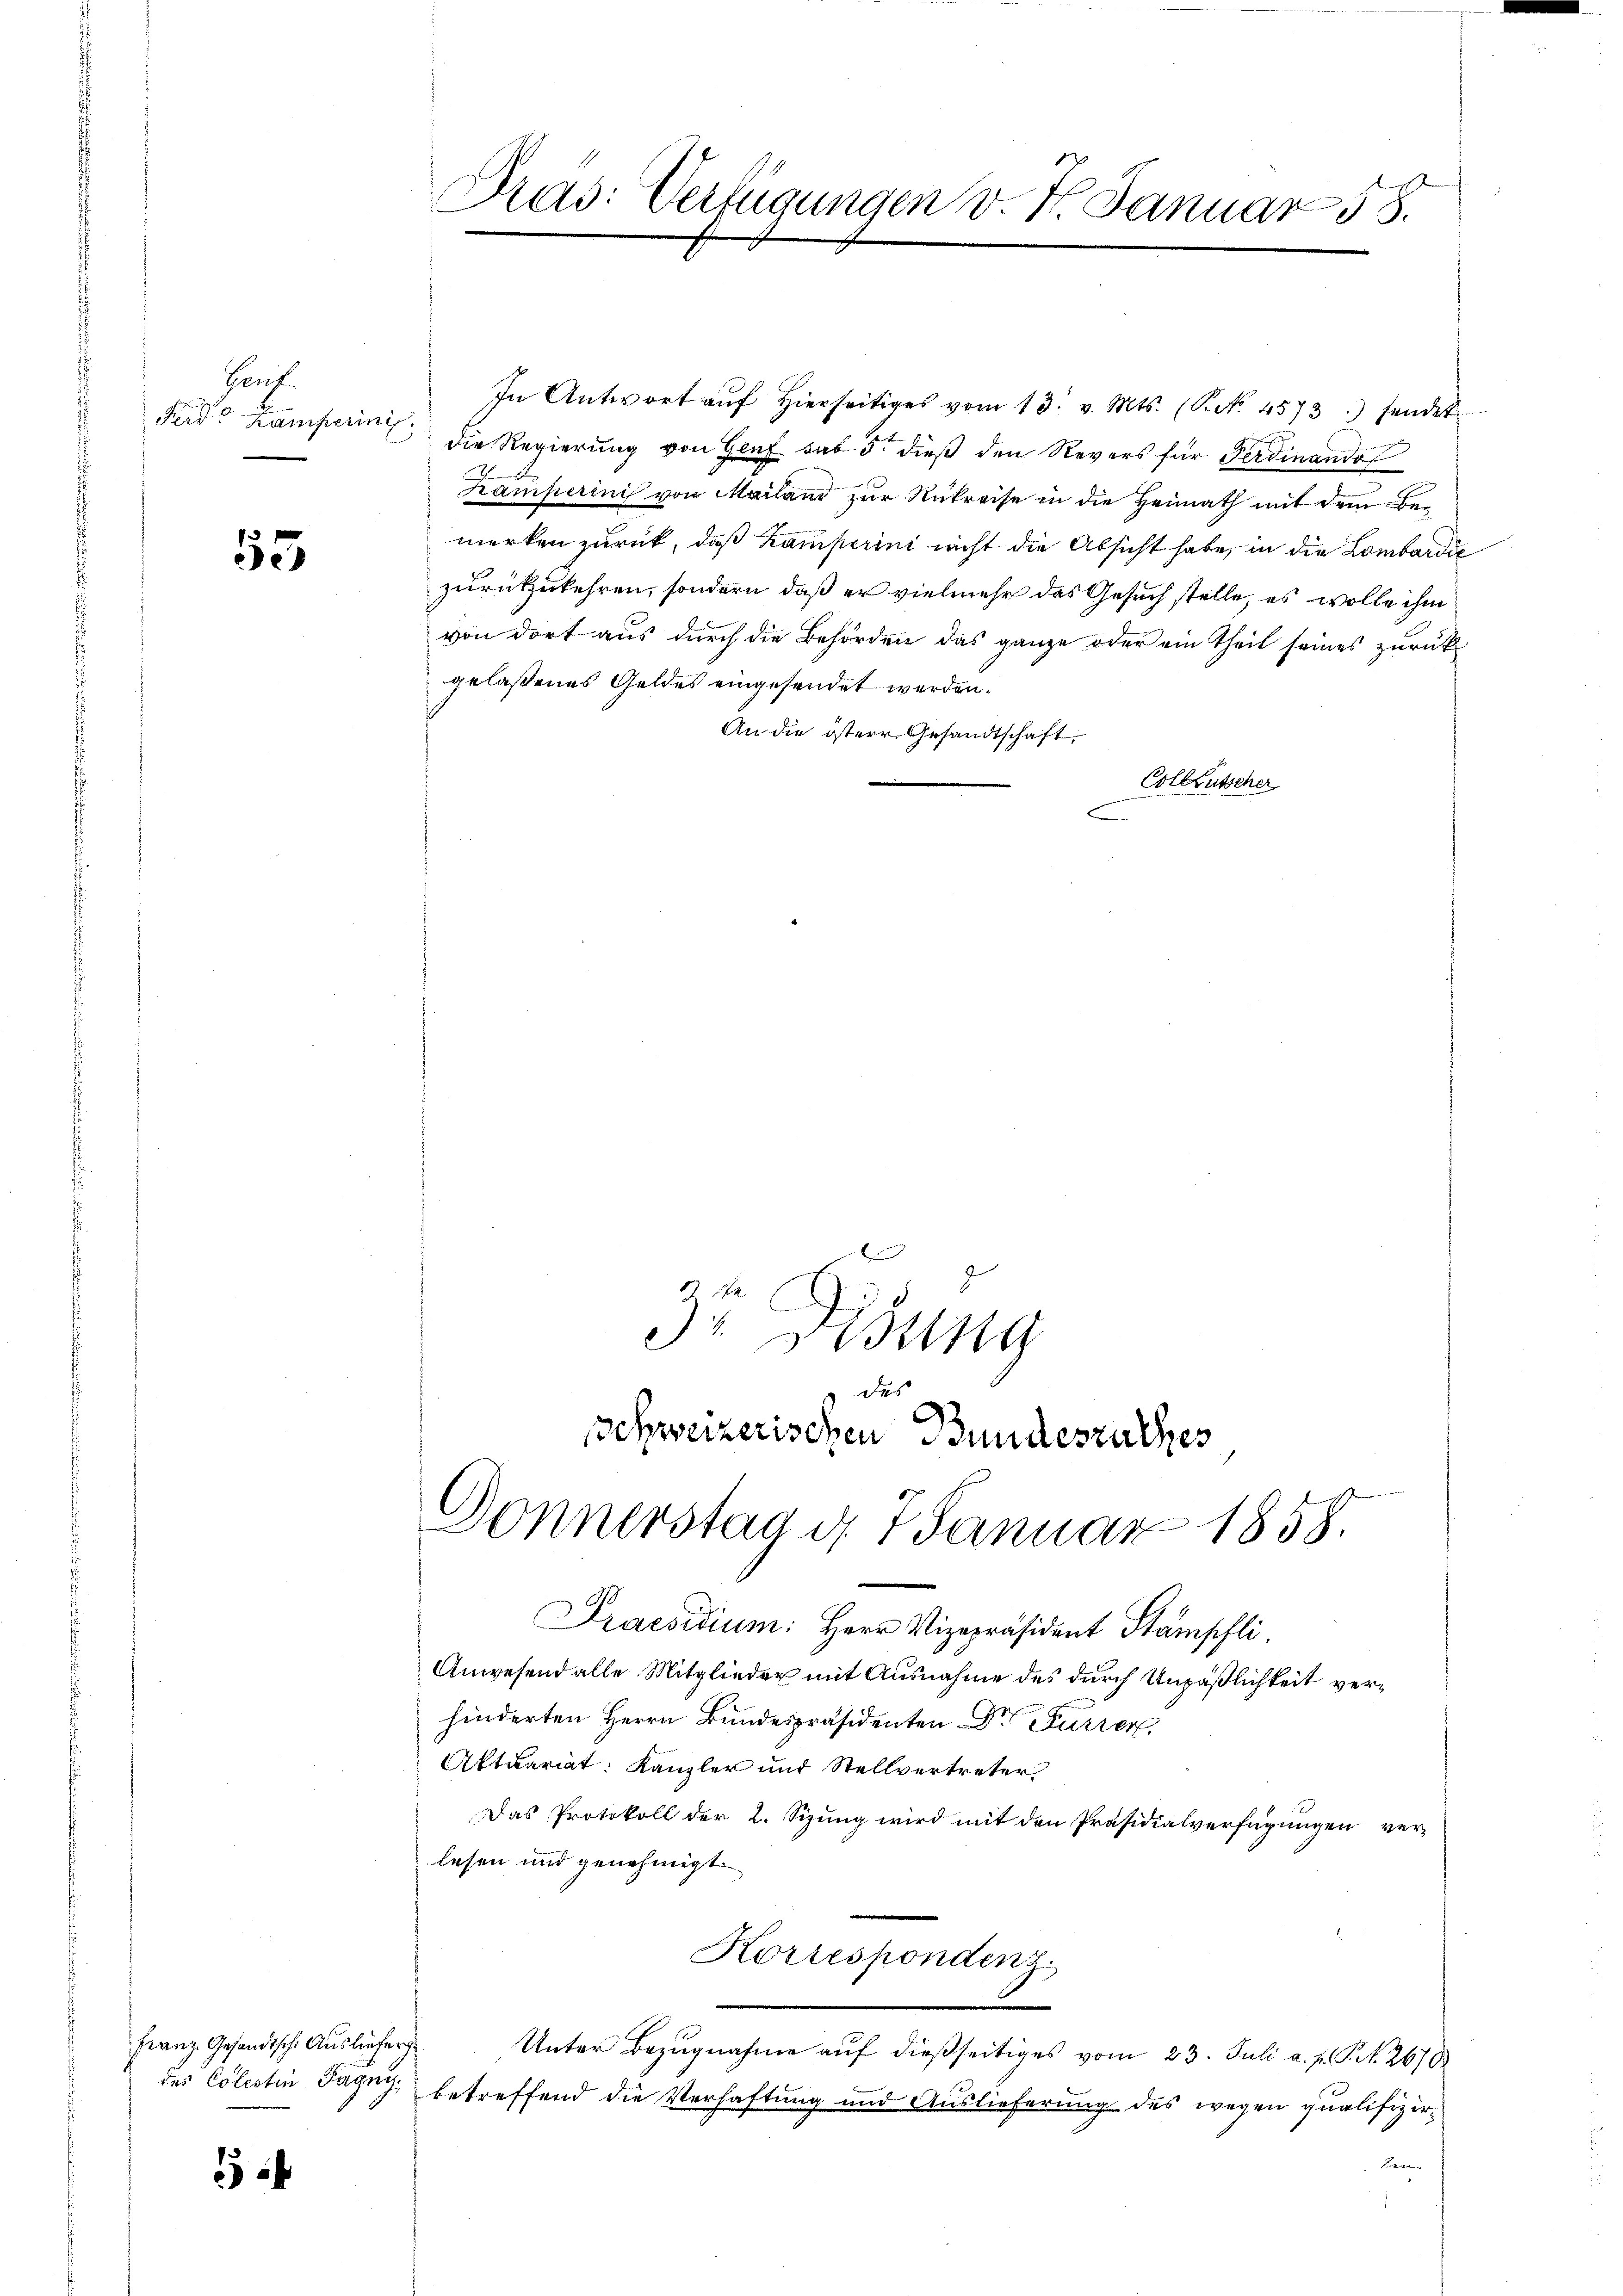
Hof.
Ferd. Kamperini,

55

In Antwort aŭf hierseitiges vom 13. v. Mts. (P.No. 4573) sendet
die Regierung von Genf hat 5. dieß den Revers für Ferdinandof
Kamperini von Mailand zur Rükreise in die Heimath mit dem Bemerken zurück, daß Kamperini nicht die Absicht habe, in die Lombardić
zurückzukehren, sondern, daß er vielmehr das Gesuch stelle, es wolle ihm
von dort aus durch die Behörden das ganze oder ein Theil seines zurück
gelaßenes Geldes eingesendet werden.
An die österr. Gesandtschaft,
Colleutscher
e

Franz. Gesandtsche Auslieferg
des Colestin Tagny,

Pras: Verfügungen v. J. Januar 58.

|
schweizerischen Bundeszuches
Donnerstag d. 7. Januar 1858.

3r Disung

Praesidium: Herr Vizepräsident Stämpchli
Anwesend alle Mitglieder mit Ausnahme des durch Unpäßlichkeit verhinderten Herrn Bundespräsidenten Dr Furrer,
Aktuariat: Kanzler und Stellvertreter
Das Protokoll der 2. Sizung wird mit den Präsidialverfügungen verlesen und genehmigt
Korrespondenz.
Unter Bezugnahme auf dießseitiges vom 23. Juli a. p. P. Nr. 2670
betreffend die Verhaftung und Auslieferung des wegen qualifizier-
Bern |